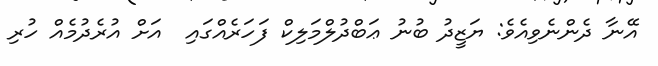
އޭނާ ދެންނެވިއެވެ: ޔަޒީދު ބުނު ޢަބްދުލްމަލިކް ފަހަރެއްގައި  އަށް އުރެދުމެއް ހުރި